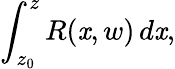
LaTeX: \int_{z_{0}}^{z}R(\mathit{x},w)\, d\mathit{x},